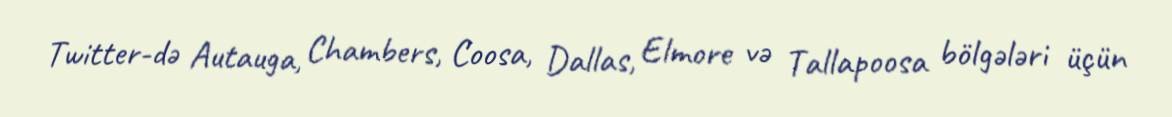
Twitter-də Autauga, Chambers, Coosa, Dallas, Elmore və Tallapoosa bölgələri üçün